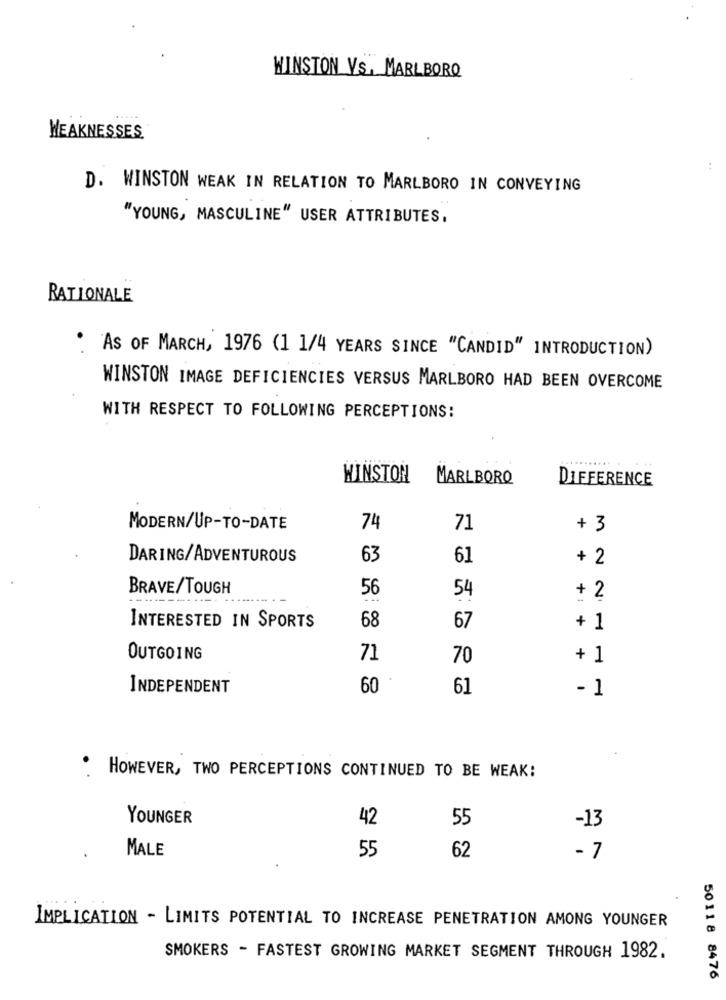
WINSTON VS, MARLBORO
WEAKNESSES
D. WINSTON WEAK IN RELATION TO MARLBORO IN CONVEYING
"YOUNG, MASCULINE" USER ATTRIBUTES.
RATIONALE
.
AS OF MARCH, 1976 (1 1/4 YEARS SINCE "CANDID" INTRODUCTION)
WINSTON IMAGE DEFICIENCIES VERSUS MARLBORO HAD BEEN OVERCOME
WITH RESPECT TO FOLLOWING PERCEPTIONS:
WINSTON
MARLBORO
DIFFERENCE
MODERN/UP-TO-DATE
74
71
+ 3
DARING/ADVENTUROUS
63
61
+ 2
BRAVE/TOUGH
56
54
+ 2
68
INTERESTED IN SPORTS
67
+ 1
OUTGOING
71
70
+ 1
INDEPENDENT
60
61
- 1
HOWEVER, TWO PERCEPTIONS CONTINUED TO BE WEAK:
YOUNGER
42
55
-13
MALE
55
62
- 7
IMPLICATION - LIMITS POTENTIAL TO INCREASE PENETRATION AMONG YOUNGER
SMOKERS - FASTEST GROWING MARKET SEGMENT THROUGH 1982.
5011 8 8476